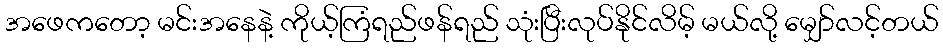
အဖေကတော့ မင်းအနေနဲ့ ကိုယ့်ကြံရည်ဖန်ရည် သုံးပြီးလုပ်နိုင်လိမ့် မယ်လို့ မျှော်လင့်တယ်